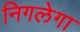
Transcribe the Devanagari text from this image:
निगलेगा